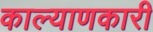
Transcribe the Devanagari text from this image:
काल्याणकारी